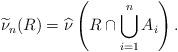
LaTeX: \begin{align*}\widetilde{\nu}_n(R) = \widehat{\nu}\left(R \cap \bigcup_{i=1}^n A_i\right).\end{align*}